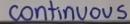
continuous